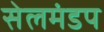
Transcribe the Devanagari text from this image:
सेलमंडप